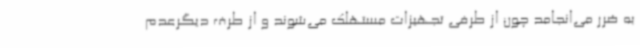
به ضرر می‌انجامد چون از طرفی تجهیزات مستهلک می‌شوند و از طرف دیگرعدم